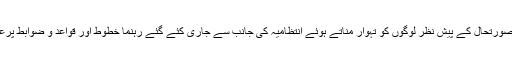
لیفٹیننٹ گورنر نے موجودہ صورتحال کے پیش نظر لوگوں کو تہوار مناتے ہوئے انتظامیہ کی جانب سے جاری کئے گئے رہنما خطوط اور قواعد و ضوابط پرعمل پیر ا رہنے کے لئے کہا۔